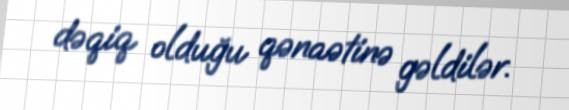
dəqiq olduğu qənaətinə gəldilər.